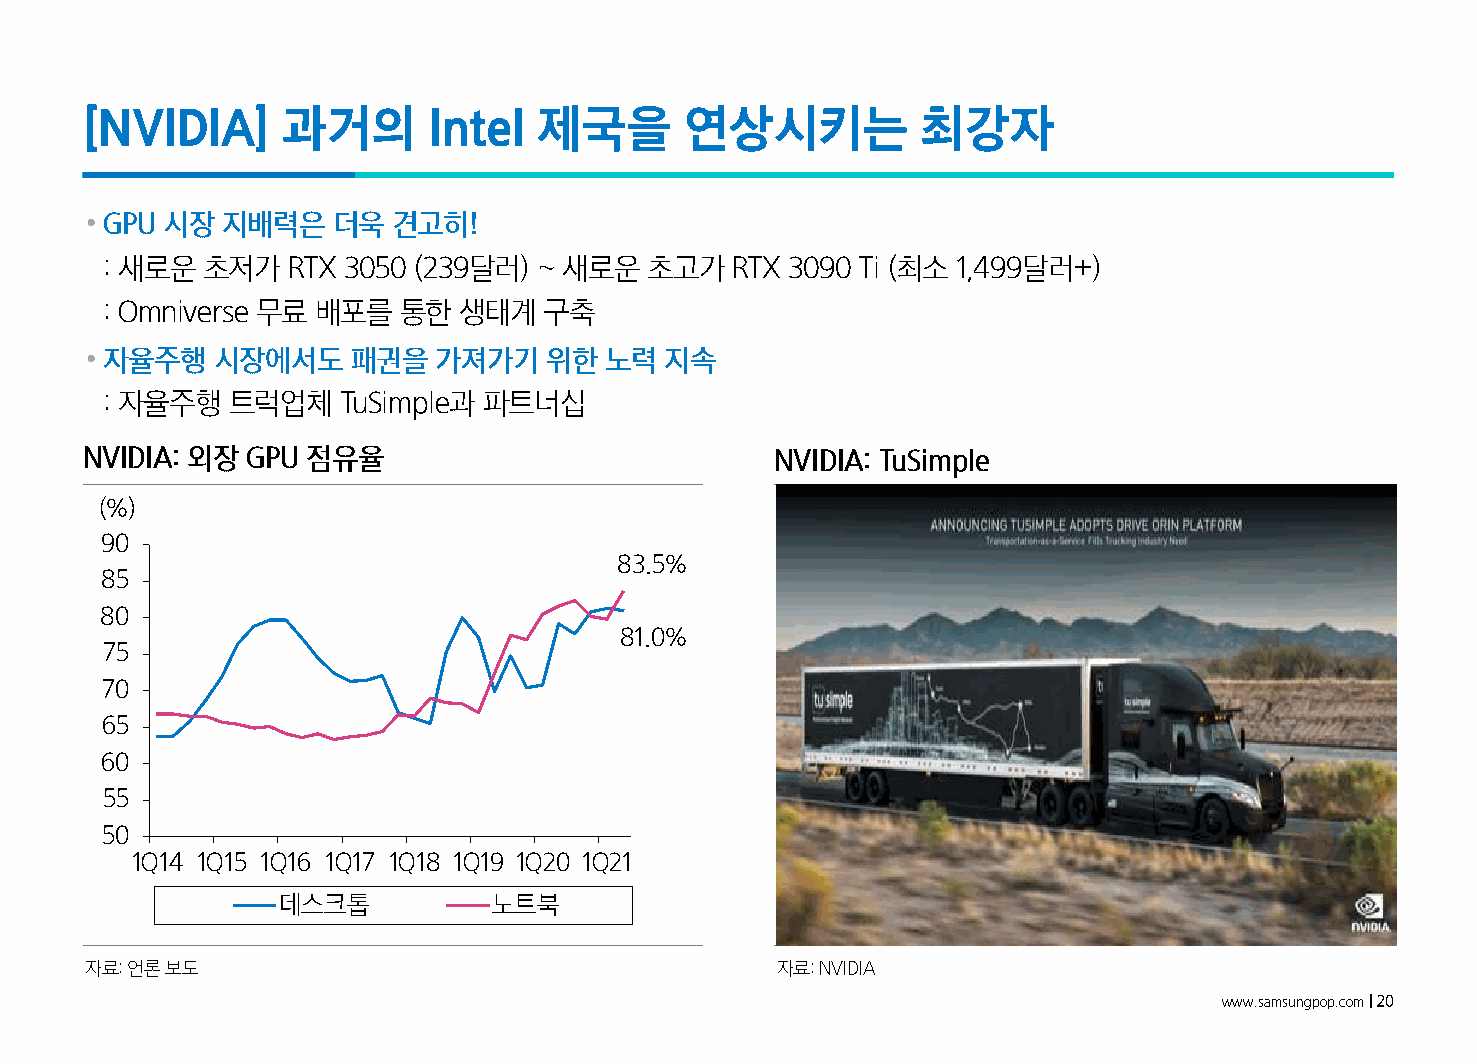
[NVIDIA]      과거의      Intel   제국을      연상시키는           최강자
 • GPU 시장 지배력은   더욱  견고히!
 : 새로운 초저가   RTX 3050 (239달러) ~ 새로운  초고가  RTX 3090 Ti (최소 1,499달러+)
 : Omniverse 무료 배포를 통한  생태계   구축
 • 자율주행  시장에서도    패권을   가져가기   위한  노력  지속
 : 자율주행  트럭업체   TuSimple과 파트너십
 NVIDIA: 외장 GPU 점유율                            NVIDIA: TuSimple
 (%)
 90
 83.5%
 85
 80
 81.0%
 75
 70
 65
 60
 55
 50
 1Q14 1Q15 1Q16 1Q17 1Q18 1Q19 1Q20 1Q21
 데스크톱           노트북
 자료: 언론보도                                     자료: NVIDIA
 www.samsungpop.com| 20